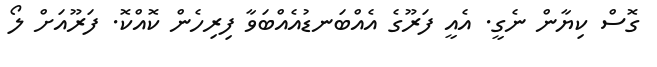
ގޮސް ކިޔާން ނެގީ. އެއީ ފަރޫގެ އެއްބަނޑުއެއްބަވާ ފިރިހެން ކޮއްކޮ. ފަރޫއަށް ލޯ